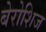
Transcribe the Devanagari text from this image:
बेरोशिज